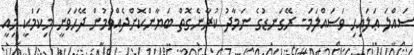
ޞައްލަ ޢަލައިހި ވަސައްލަމަ- ރޭގަނޑުގެ ނަމާދު ކުރާނެގޮތް ބަޔާންކޮށްދެއްވުމުން ދޭހަވަނީ މިކަމަކީ މިއީ